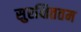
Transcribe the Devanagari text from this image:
सुरक्षिततम